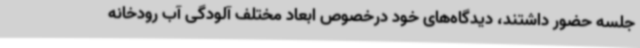
جلسه حضور داشتند، دیدگاه‌های خود درخصوص ابعاد مختلف آلودگی آب رودخانه